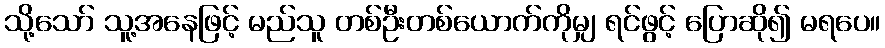
သို့သော် သူ့အနေဖြင့် မည်သူ တစ်ဦးတစ်ယောက်ကိုမျှ ရင်ဖွင့် ပြောဆို၍ မရပေ။